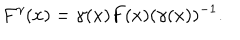
F ^ { \gamma } ( x ) = \gamma ( x ) F ( x ) ( \gamma ( x ) ) ^ { - 1 } .